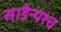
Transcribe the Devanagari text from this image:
साडेन्यश्च